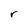
Character: r